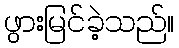
ဖွားမြင်ခဲ့သည်။